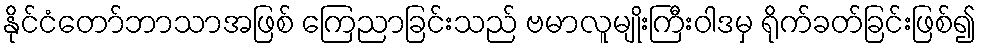
နိုင်ငံတော်ဘာသာအဖြစ် ကြေညာခြင်းသည် ဗမာလူမျိုးကြီးဝါဒမှ ရိုက်ခတ်ခြင်းဖြစ်၍